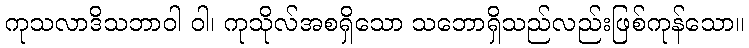
ကုသလာဒိသဘာဝါ ဝါ၊ ကုသိုလ်အစရှိသော သဘောရှိသည်လည်းဖြစ်ကုန်သော။